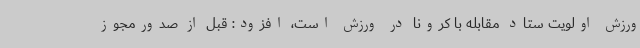
ورزش اولویت ستاد مقابله با کرونا در ورزش است، افزود: قبل از صدورمجوز